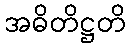
အဓိတိဋ္ဌတိ